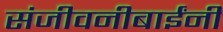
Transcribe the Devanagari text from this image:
संजीवनीबाईंनी